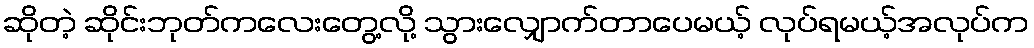
ဆိုတဲ့ ဆိုင်းဘုတ်ကလေးတွေ့လို့ သွားလျှောက်တာပေမယ့် လုပ်ရမယ့်အလုပ်က